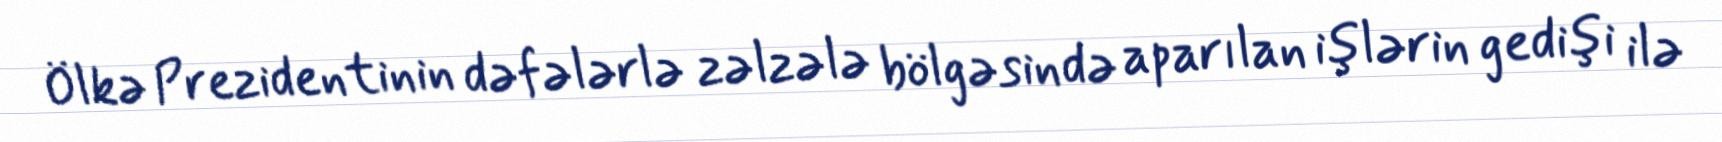
Ölkə Prezidentinin dəfələrlə zəlzələ bölgəsində aparılan işlərin gedişi ilə